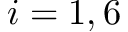
i = 1 , 6